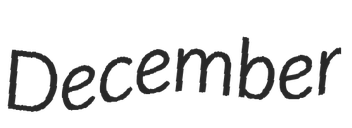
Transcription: December